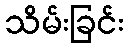
သိမ်းခြင်း